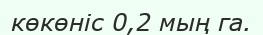
көкөніс 0,2 мың га.